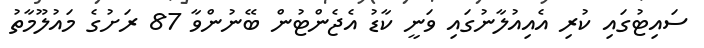
ސައިޓުގައި ކުރި އެއިއުލާނުގައި ވަނީ ކާޑު އެޖެންޓުން ބޭނުންވާ 87 ރަށުގެ މައުލޫމާތު